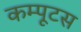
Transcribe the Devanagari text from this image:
कम्पूटस